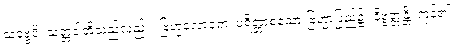
သဗ္ဗေပိ၊ သတ္တဝါတို့သည်လည်း။ ဗြဟ္မလောကေ၊ ပရိတ္တာစသော ဗြဟ္မာပြည်၌။ နိဗ္ဗတ္တန္တိ၊ ကုန်၏။